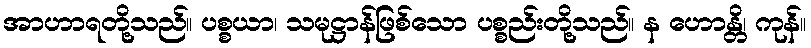
အာဟာရတို့သည်။ ပစ္စယာ၊ သမုဋ္ဌာန်ဖြစ်သော ပစ္စည်းတို့သည်။ န ဟောန္တိ၊ ကုန်။